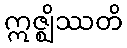
ဣဇ္ဈိဿတိ